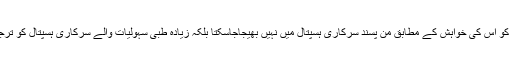
کسی بھی مریض کو اس کی خواہش کے مطابق من پسند سرکاری ہسپتال میں نہیں بھیجاجاسکتا بلکہ زیادہ طبی سہولیات والے سرکاری ہسپتال کو ترجیح دی جاتی ہے۔